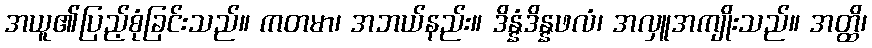
အယူ၏ပြည့်စုံခြင်းသည်။ ကတမာ၊ အဘယ်နည်း။ ဒိန္နံဒိန္နဖလံ၊ အလှူအကျိုးသည်။ အတ္ထိ၊